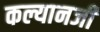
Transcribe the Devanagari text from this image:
कल्यानजी